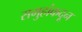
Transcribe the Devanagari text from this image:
समुहांकदून